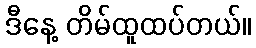
ဒီနေ့ တိမ်ထူထပ်တယ်။